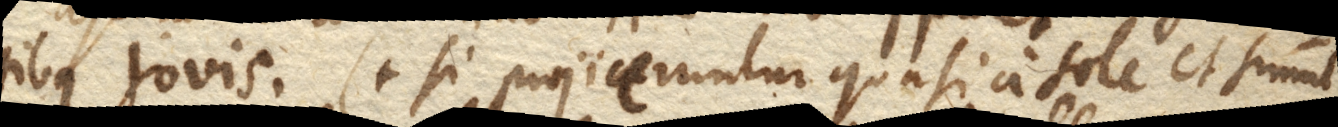
tibus Jovis. (+ Si projicerentur quasi a sole et simul